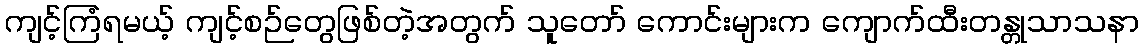
ကျင့်ကြံရမယ့် ကျင့်စဉ်တွေဖြစ်တဲ့အတွက် သူတော် ကောင်းများက ကျောက်ထီးတန္တုသာသနာ